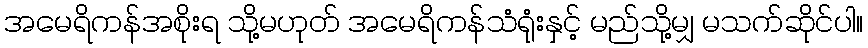
အမေရိကန်အစိုးရ သို့မဟုတ် အမေရိကန်သံရုံးနှင့် မည်သို့မျှ မသက်ဆိုင်ပါ။